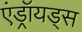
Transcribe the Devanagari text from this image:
एंड्रॉयड्स